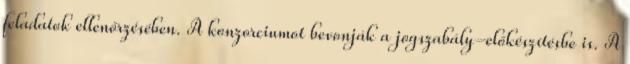
feladatok ellenőrzésében. A konzorciumot bevonják a jogszabály-előkészítésbe is. A